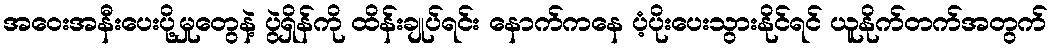
အဝေးအနီးပေးပို့မှုတွေနဲ့ ပွဲရှိန်ကို ထိန်းချုပ်ရင်း နောက်ကနေ ပံ့ပိုးပေးသွားနိုင်ရင် ယူနိုက်တက်အတွက်